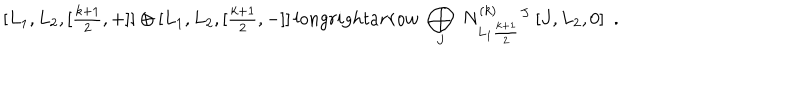
[ L _ { 1 } , L _ { 2 } , [ { \textstyle \frac { k + 1 } { 2 } } , + ] ] \oplus [ L _ { 1 } , L _ { 2 } , [ { \textstyle \frac { k + 1 } { 2 } } , - ] ] \, l o n g r i g h t a r r o w \ \bigoplus _ { J } \ N _ { L _ { 1 } \frac { k + 1 } { 2 } } ^ { ( k ) } { } ^ { J } \ [ J , L _ { 2 } , 0 ] \ \ .